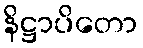
နိဋ္ဌာပိတော